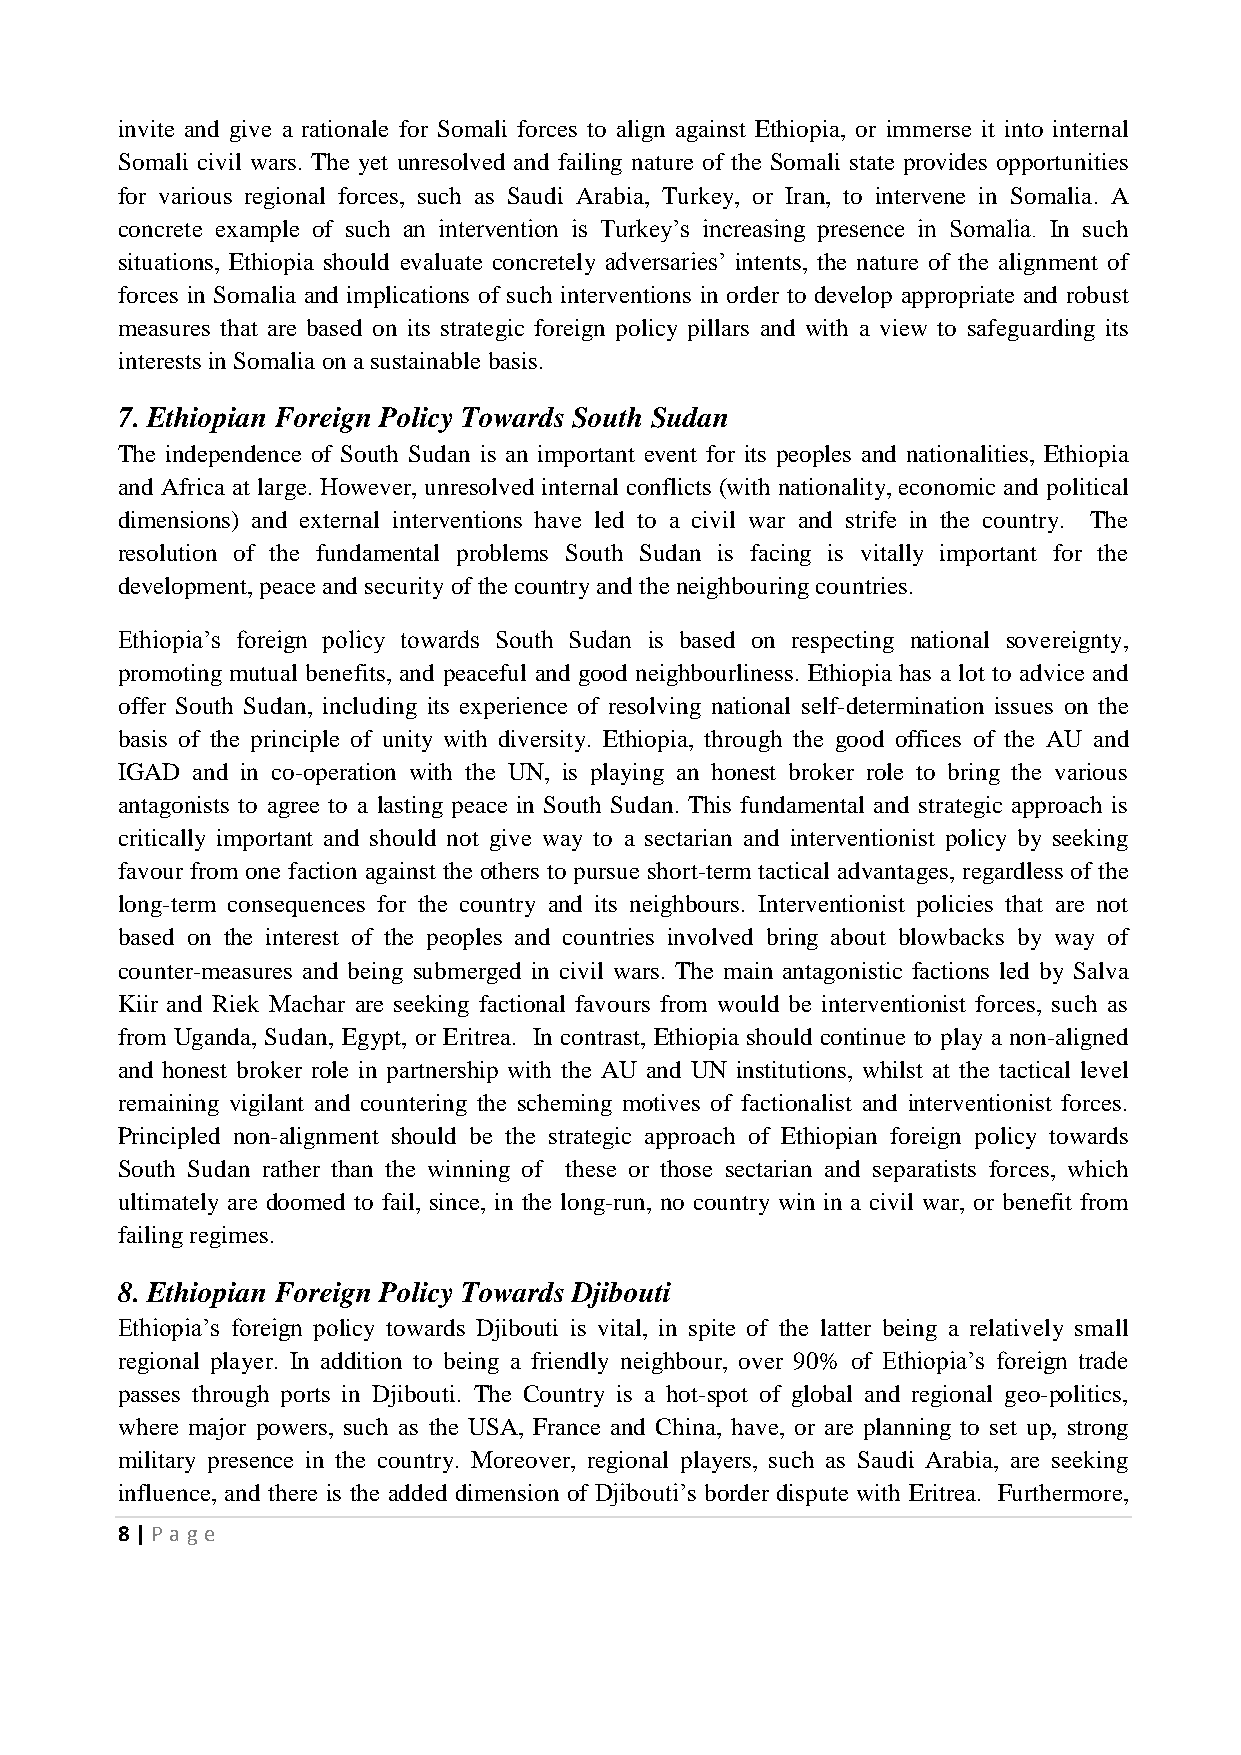
invite and give a rationale for Somali forces to align against Ethiopia, or immerse it into internal
 Somali civil wars. The yet unresolved and failing nature of the Somali state provides opportunities
 for various regional forces, such as Saudi Arabia, Turkey, or Iran, to intervene in Somalia. A
 concrete example of such an intervention is Turkey’s increasing presence in Somalia. In such
 situations, Ethiopia should evaluate concretely adversaries’ intents, the nature of the alignment of
 forces in Somalia and implications of such interventions in order to develop appropriate and robust
 measures that are based on its strategic foreign policy pillars and with a view to safeguarding its
 interests in Somalia on a sustainable basis.
 7. Ethiopian Foreign Policy Towards South Sudan
 The independence of South Sudan is an important event for its peoples and nationalities, Ethiopia
 and Africa at large. However, unresolved internal conflicts (with nationality, economic and political
 dimensions) and external interventions have led to a civil war and strife in the country. The
 resolution of the fundamental problems South Sudan is facing is vitally important for the
 development, peace and security of the country and the neighbouring countries.
 Ethiopia’s foreign policy towards South Sudan is based on respecting national sovereignty,
 promoting mutual benefits, and peaceful and good neighbourliness. Ethiopia has a lot to advice and
 offer South Sudan, including its experience of resolving national self-determination issues on the
 basis of the principle of unity with diversity. Ethiopia, through the good offices of the AU and
 IGAD and in co-operation with the UN, is playing an honest broker role to bring the various
 antagonists to agree to a lasting peace in South Sudan. This fundamental and strategic approach is
 critically important and should not give way to a sectarian and interventionist policy by seeking
 favour from one faction against the others to pursue short-term tactical advantages, regardless of the
 long-term consequences for the country and its neighbours. Interventionist policies that are not
 based on the interest of the peoples and countries involved bring about blowbacks by way of
 counter-measures and being submerged in civil wars. The main antagonistic factions led by Salva
 Kiir and Riek Machar are seeking factional favours from would be interventionist forces, such as
 from Uganda, Sudan, Egypt, or Eritrea. In contrast, Ethiopia should continue to play a non-aligned
 and honest broker role in partnership with the AU and UN institutions, whilst at the tactical level
 remaining vigilant and countering the scheming motives of factionalist and interventionist forces.
 Principled non-alignment should be the strategic approach of Ethiopian foreign policy towards
 South Sudan rather than the winning of these or those sectarian and separatists forces, which
 ultimately are doomed to fail, since, in the long-run, no country win in a civil war, or benefit from
 failing regimes.
 8. Ethiopian Foreign Policy Towards Djibouti
 Ethiopia’s foreign policy towards Djibouti is vital, in spite of the latter being a relatively small
 regional player. In addition to being a friendly neighbour, over 90% of Ethiopia’s foreign trade
 passes through ports in Djibouti. The Country is a hot-spot of global and regional geo-politics,
 where major powers, such as the USA, France and China, have, or are planning to set up, strong
 military presence in the country. Moreover, regional players, such as Saudi Arabia, are seeking
 influence, and there is the added dimension of Djibouti’s border dispute with Eritrea. Furthermore,
 8 | P age